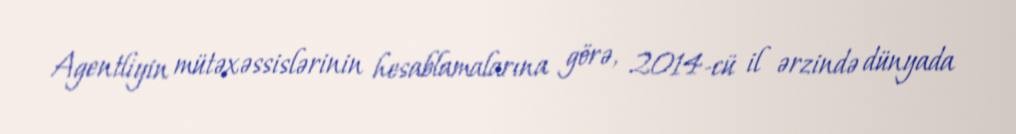
Agentliyin mütəxəssislərinin hesablamalarına görə, 2014-cü il ərzində dünyada